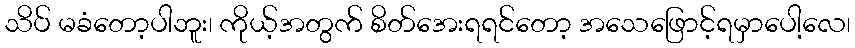
သိပ် မခံတော့ပါဘူး၊ ကိုယ့်အတွက် စိတ်အေးရရင်တော့ အသေဖြောင့်ရမှာပေါ့လေ၊